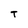
Character: T